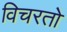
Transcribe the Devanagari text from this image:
विचरतो